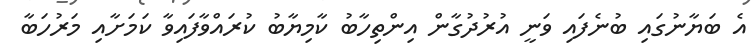
އެ ބަޔާނުގައި ބުނެފައި ވަނީ އުރުދުގާން އިންތިހާބު ކާމިޔާބު ކުރައްވާފައިވާ ކަމަށާއި މަރުހަބާ